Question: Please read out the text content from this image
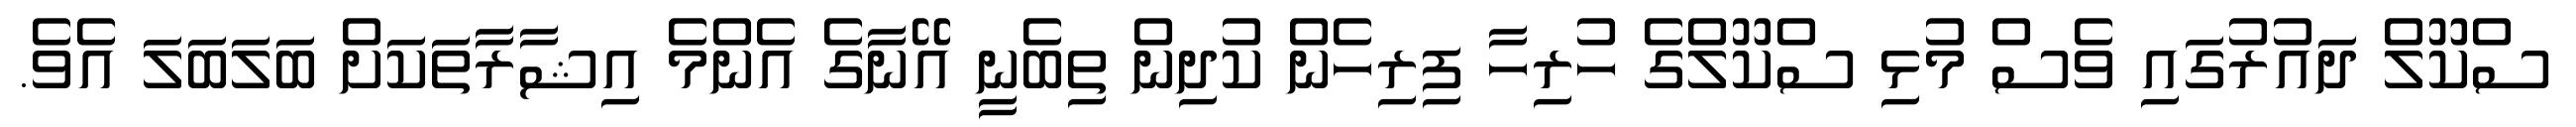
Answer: ސްކޫލް ދައުރުގައި ވެސް މުޅި ސްކޫލްގެ ހުރިހާ ފިރިހެން ކުދިން ތިބެނީ އޭނާގެ އެންމެ އިޝާރާތަކަށް ބަލަބަލަ އެވެ.